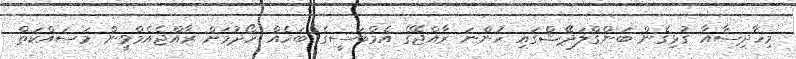
މިހާދިސާއާ ގުޅިގެން ބަންގްލަދޭޝްގައި ހުންނަ ރާއްޖޭގެ އެމްބަސީގެ ބަހެއް ހޯދުމަށް ރާއްޖެއެމްވީން މަސައްކަތް